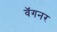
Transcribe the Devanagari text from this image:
वॅगनर